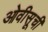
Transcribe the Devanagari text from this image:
ओवीसूची